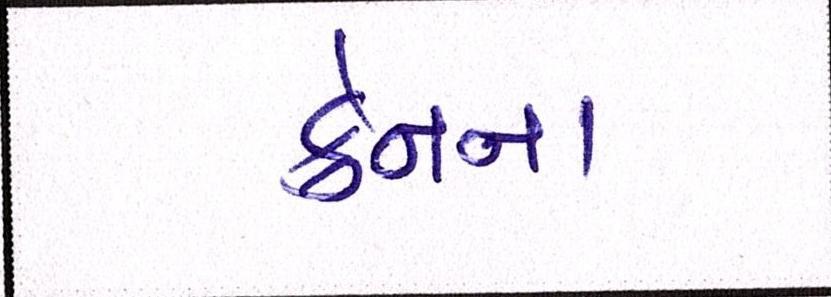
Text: ક્રેનના